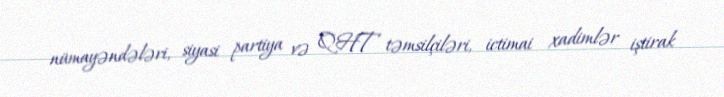
nümayəndələri, siyasi partiya və QHT təmsilçiləri, ictimai xadimlər iştirak